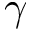
\gamma